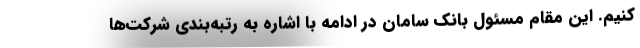
کنیم. این مقام مسئول بانک سامان در ادامه با اشاره به رتبه‌بندی شرکت‌ها